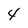
Character: 4